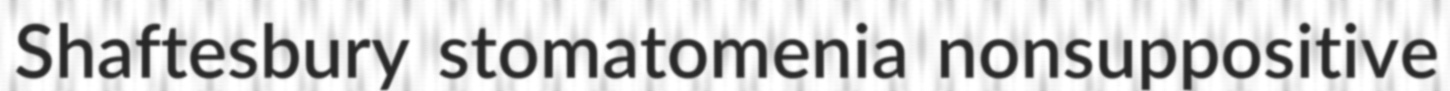
Shaftesbury stomatomenia nonsuppositive